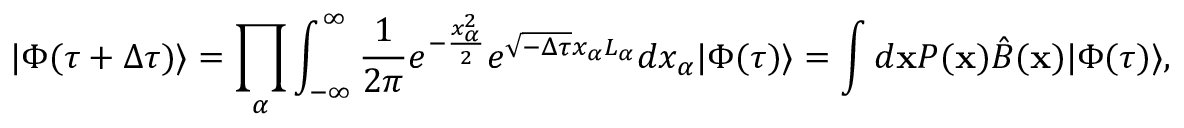
| \Phi ( \tau + \Delta \tau ) \rangle = \prod _ { \alpha } \int _ { - \infty } ^ { \infty } \frac { 1 } { 2 \pi } e ^ { - \frac { x _ { \alpha } ^ { 2 } } { 2 } } e ^ { \sqrt { - \Delta \tau } x _ { \alpha } L _ { \alpha } } d x _ { \alpha } | \Phi ( \tau ) \rangle = \int d \mathbf { x } P ( \mathbf { x } ) \hat { B } ( \mathbf { x } ) | \Phi ( \tau ) \rangle ,